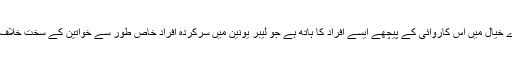
میرے خیال میں اس کاروائی کے پیچھے ایسے افراد کا ہاتھ ہے جو لیبر یونین میں سرکردہ افراد خاص طور سے خواتین کے سخت خلاف ہیں۔